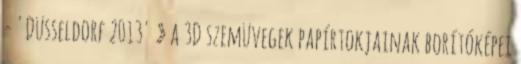
- 'Düsseldorf 2013' » a 3D szemüvegek papírtokjainak borítóképei